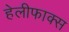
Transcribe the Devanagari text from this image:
हेलीफाक्स